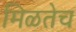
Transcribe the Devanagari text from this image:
मिळतेच